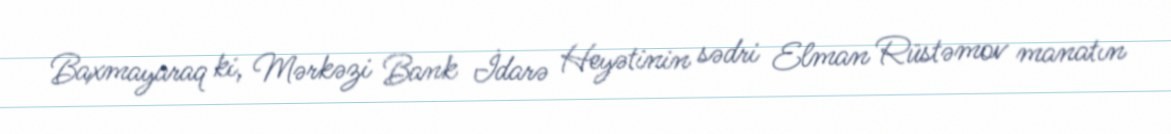
Baxmayaraq ki, Mərkəzi Bank İdarə Heyətinin sədri Elman Rüstəmov manatın